Bréfritari: Sigríður Pálsdóttir
Viðtakandi: Páll Pálsson
Dagsetning: A-1842-03-13
Skrifað á: Síðumúla  Mýr.
Páll var bróðir Sigríðar

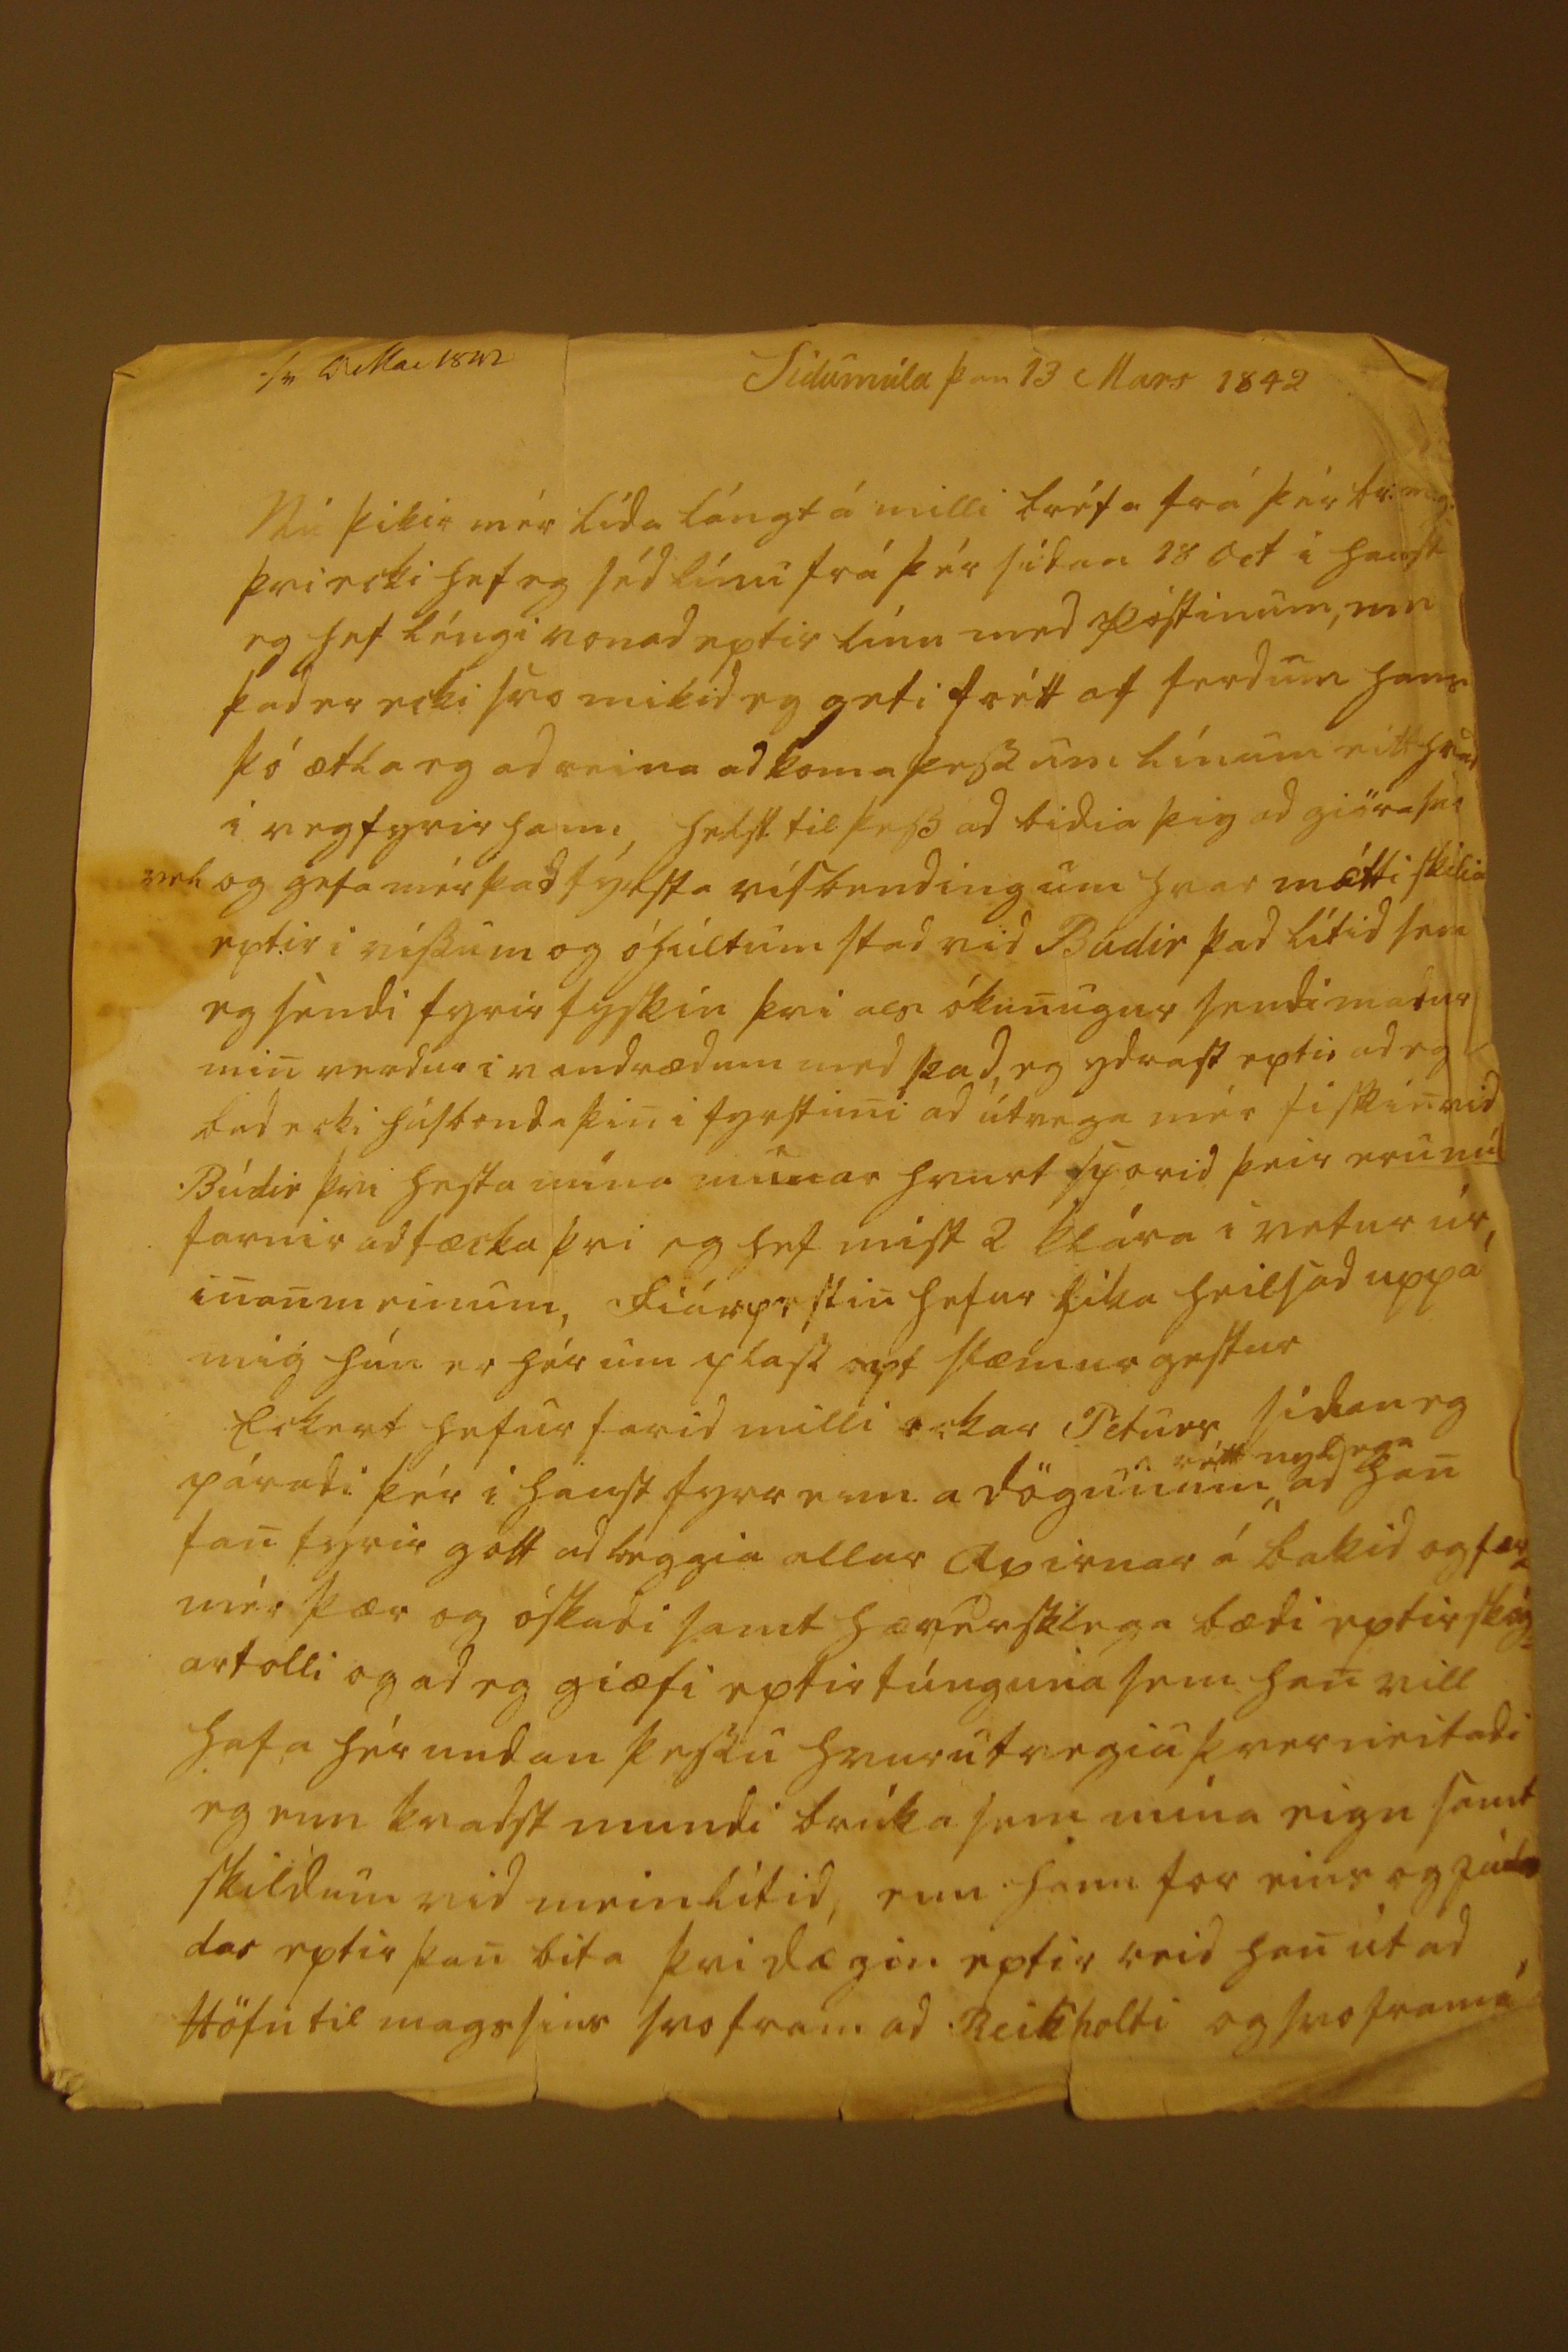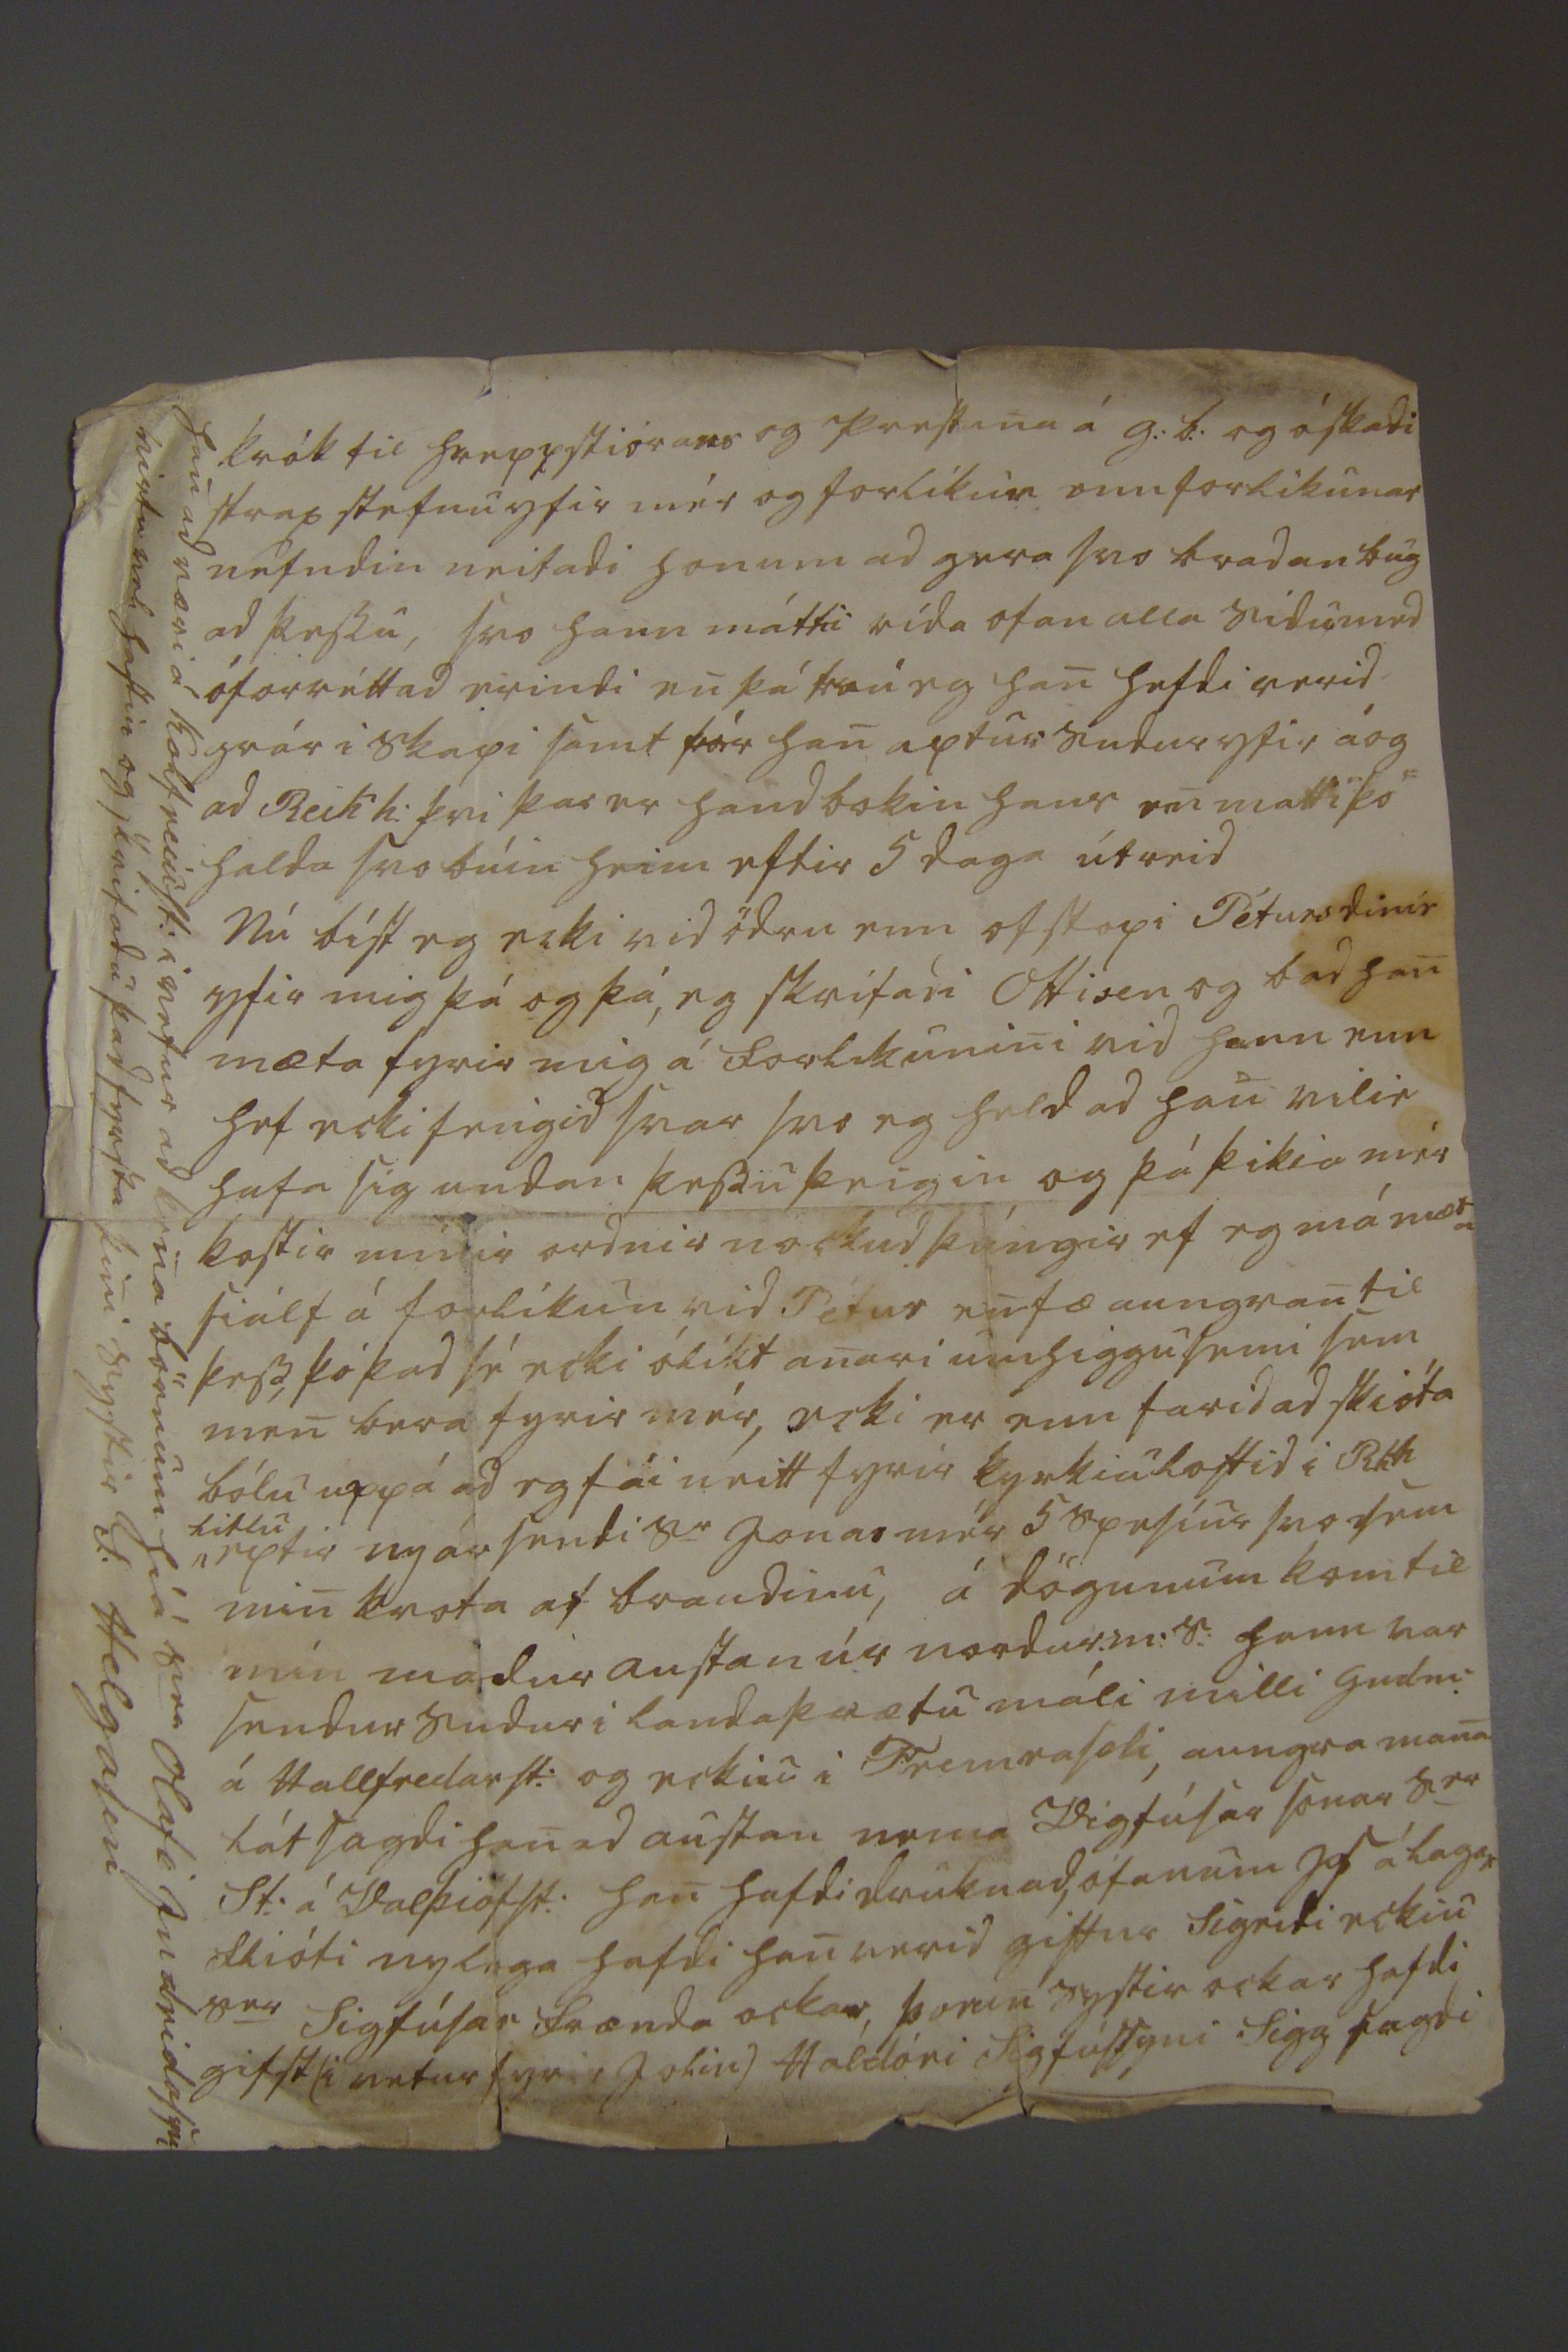

sv 9 Mai 1842 Sídumúla þan 13 Mars 1842
Nú þikir mér lída lángt á milli bréfa frá þér br:m.g: þvi ecki hef eg séd línu frá þér sídan 18 Oct i haust eg hef léngi vonad eptir línu med póstinum, um þad er ecki svo mikid eg geti frétt af ferdum hans þó ætla eg ad reina ad koma þessum línum eitthvad i veg fyrir hann, helst til þess ad bidia þig ad giöra svo vel og gefa mér þad fyrsta vísbending um hvar mátti skilia eptir i vissum og óhultum stad vid Búdir þad lítid sem eg sendi fyrir fyskin þvi als ókunugur sendi madur min verdur i vandrædum med þad, eg ydrast eptir ad eg bad ecki húsbonda þin i fyrstuni ad útvega mér fiskin vid Búdir þvi hesta mína munar hvurt sporid þeir eru nú farnir ad fæcka þvi eg hef mist 2 klára i vetur úr, inanmeinum, Fiárpestin hefur líka heilsad uppá mig hún er hér um pláss opt slæmur gestur Eckert hefur farid milli ockar Péturs, sídan eg páradi þér i haust fyrr enn a dögunum
rétt nylega
ad han fan fyrir gott ad leggia allar Axirnar á bakid og færa mér þær og óskadi samt hæverskilega bædi eptir skóg= artolli og ad eg giæfi eptir túnguna sem han vill hafa hér undan þessu hvuru tvegiu þverneitadi eg enn kvadst mundi brúka sem mína eign samt skildum vid meinlítid, enn hann for eins og Jú
da
das eptir þan bita þvi dægin eptir reid han út ad Höfn til mags sins svo fram ad Reikholti og svo fram á
krók til hreppstiórans og prestana á g:b: og óskadi strax stefnu yfir mér og forlíkun enn forlíkunar nefndin neitadi honum ad gera svo bradan bug ad þessu, svo hann mátti rída ofan alla Sidu med ófor
ráttad
erindi en þá trú eg han hefdi verid grár i skapi samt fór han aptur sudur yfir á og ad Reikh: þvi þar er handbokin hans en matti þó halda svo búin heim eftir 5 daga útreid Nú bíst eg ecki vid ödru en ofstopi Péturs dinie yfir mig þá og þá, eg skrifadi Ottisen og bad han mæta fyrir mig á forlikunini vid hann enn hef ecki fengid svar svo eg held ad han vilie hafa sig undan þessu þeigin og þá þikia mér kostir mínir ordnir nockud þúngir ef eg má mæta siálf á forlíkun vid pétur en fæ aungvan til þess, þó þad sé ecki ólíkt anari umhiggusemi sem men bera fyrir mér, ecki er enn farid ad skióta bólu uppá ad eg fái neitt fyrir kyrkiuloftid i R.kh
litlu
eptir nyár sendi S
e
Jonas mér 5 speslur svo sem min kvota af braudinu, á dögunum kom til mín madur austan úr nordur.m:s: hann var sendur sudur i landa
þrætu
máli milli Gudm: á Hallfredarst: og eckiu i Fremraseli, aungva mana lát sagdi han ad austan nema Vigfúsar sonar S
er
St: á Valþiófst: han hafdi druknad, ofanum
Is á Lagar flióti nylega hafdi han verid giftur Sigridi eckiu S
er
Sigfúsar frænda ockar, þorun systir ockar hafdi gifst( i vetur fyrir Jolin) Haldóri Sigfússyni Sigg sagdi
han ad væri á
Kolfreinst:
i vetur ad kena börnum hiá S
ra
Olafi Indridassyni virtu vel hastin og skrifadu þad fyrsta þini systir S: Helgason